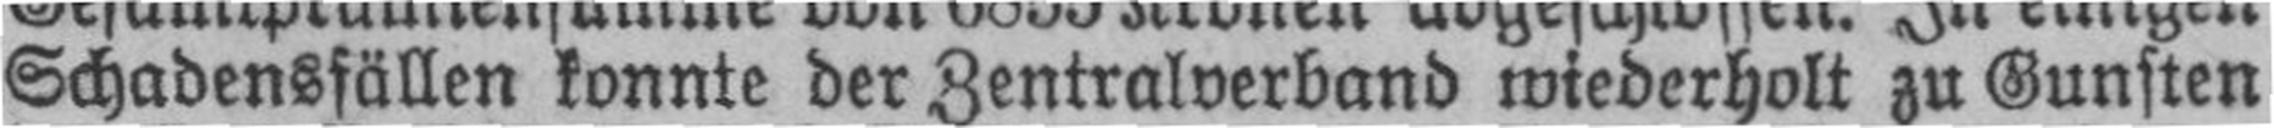
Schadensfällen konnte der Zentralverband wiederholt zu Gunsten